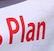
plan